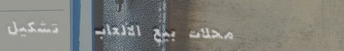
محلات بيع الألعاب   تشكيل